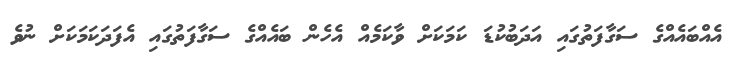
އެއްބައެއްގެ ސަގާފަތުގައި އަދަބުކުޑަ ކަމަކަށް ވާކަމެއް އެހެން ބައެއްގެ ސަގާފަތުގައި އެފަދަކަމަކަށް ނުވެ